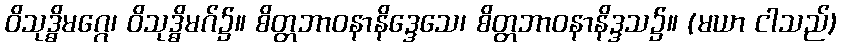
ဝိသုဒ္ဓိမဂ္ဂေ၊ ဝိသုဒ္ဓိမဂ်၌။ စိတ္တဘာဝနာနိဒ္ဒေသေ၊ စိတ္တဘာဝနာနိဒ္ဒသ၌။ (မယာ ငါသည်)